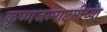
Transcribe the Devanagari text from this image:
कृष्णजन्माष्टमीच्या